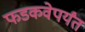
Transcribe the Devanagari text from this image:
फडकवेपर्यंत